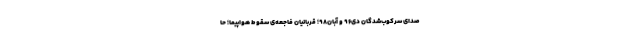
صدای سرکوب‌شدگان دی۹۶ و آبان۹۸؛ قربانیان فاجعه‌ی سقوط هواپیما؛ حا